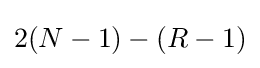
2(N-1)-(R-1)